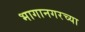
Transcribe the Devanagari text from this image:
भागानगरच्या